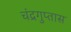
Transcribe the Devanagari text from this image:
चंद्रगुप्तास